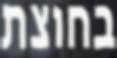
בחוצת